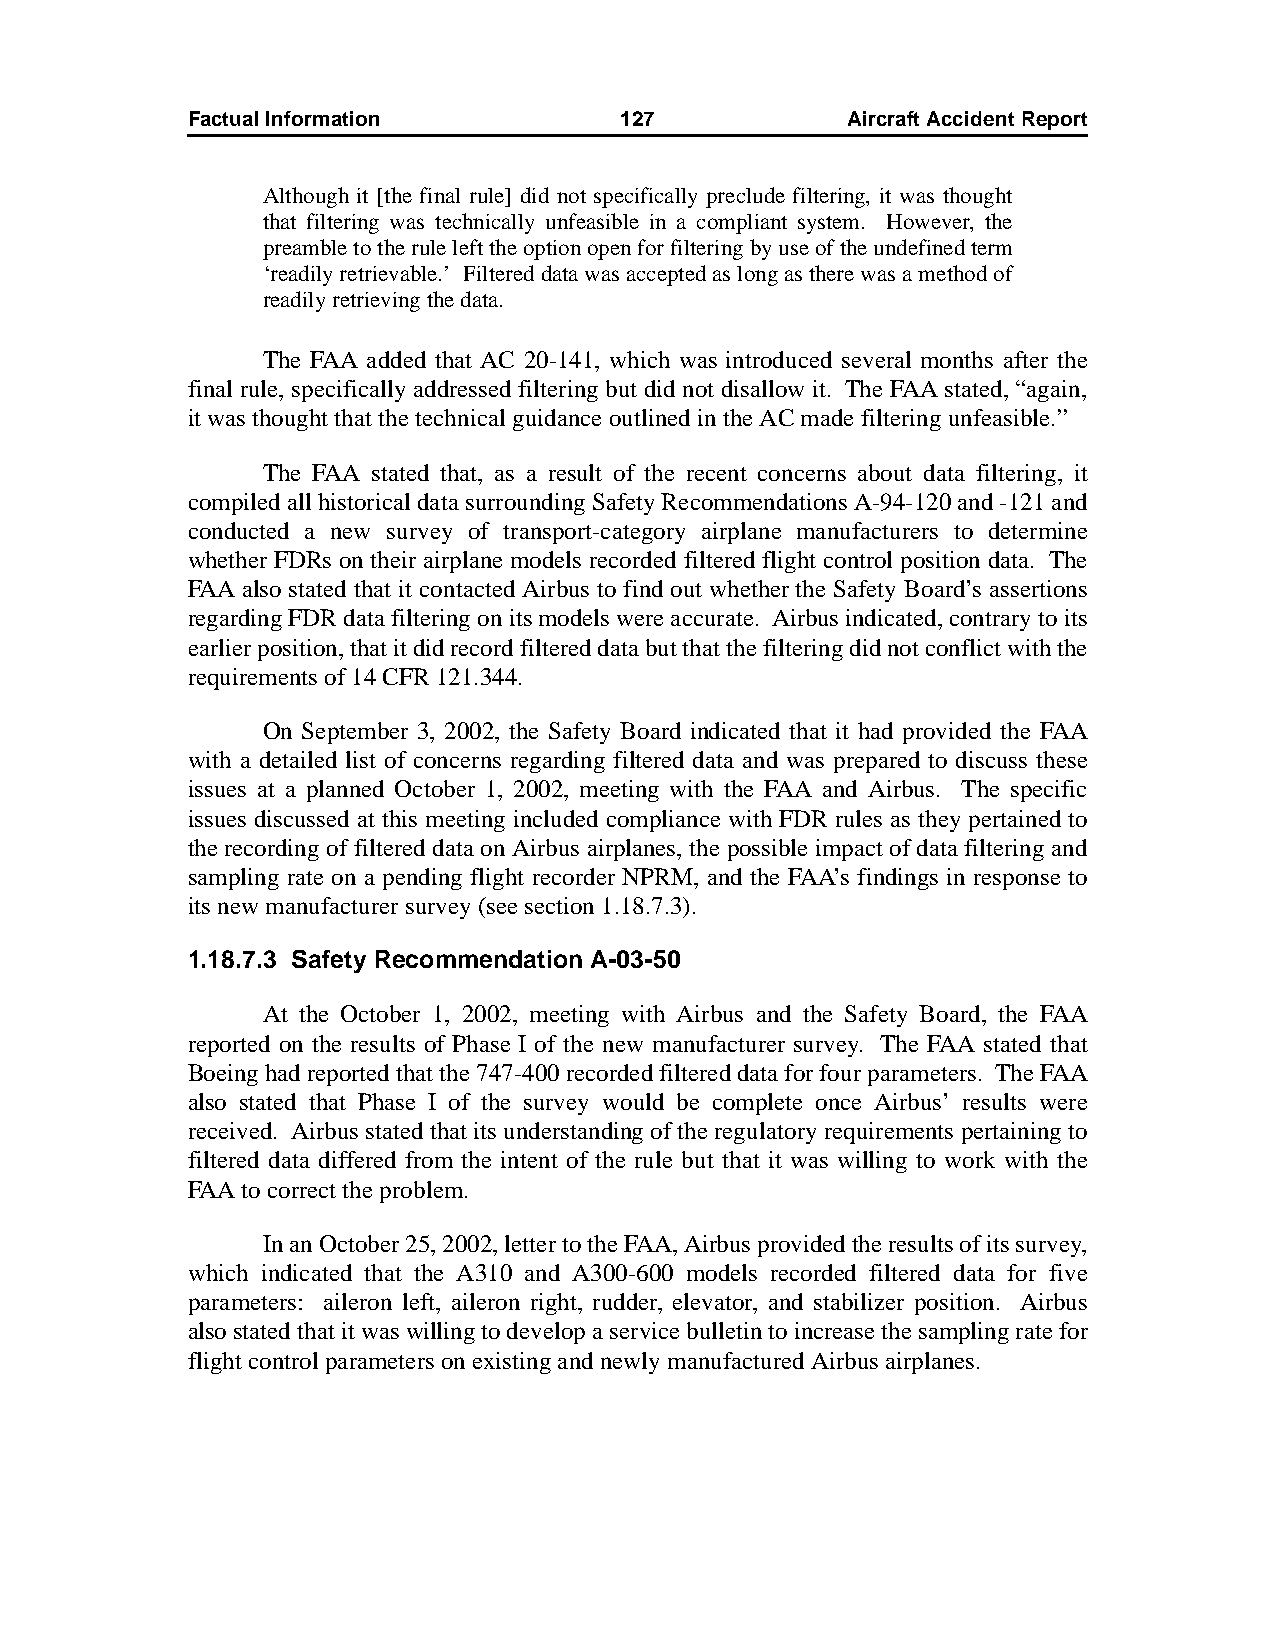
Factual Information          127            AircraftAccidentReport
 Although it [the final rule] did not specifically preclude filtering, it was thought
 that filtering was technically unfeasible in a compliant system. However, the
 preamble to the rule left the option open for filtering by use of the undefined term
 ‘readily retrievable.’ Filtered data was accepted as long as there was a method of
 readily retrieving the data.
 The FAA added that AC 20-141, which was introduced several months after the
 final rule, specifically addressed filtering but did not disallow it. The FAA stated, “again,
 it was thought that the technical guidance outlined in the AC made filtering unfeasible.”
 The FAA stated that, as a result of the recent concerns about data filtering, it
 compiled all historical data surrounding Safety Recommendations A-94-120 and -121 and
 conducted a new survey of transport-category airplane manufacturers to determine
 whether FDRs on their airplane models recorded filtered flight control position data. The
 FAA also stated that it contacted Airbus to find out whether the Safety Board’s assertions
 regarding FDR data filtering on its models were accurate. Airbus indicated, contrary to its
 earlier position, that it did record filtered data but that the filtering did not conflict with the
 requirements of 14 CFR 121.344.
 On September 3, 2002, the Safety Board indicated that it had provided the FAA
 with a detailed list of concerns regarding filtered data and was prepared to discuss these
 issues at a planned October 1, 2002, meeting with the FAA and Airbus. The specific
 issues discussed at this meeting included compliance with FDR rules as they pertained to
 the recording of filtered data on Airbus airplanes, the possible impact of data filtering and
 sampling rate on a pending flight recorder NPRM, and the FAA’s findings in response to
 its new manufacturer survey (see section 1.18.7.3).
 1.18.7.3 Safety Recommendation A-03-50
 At the October 1, 2002, meeting with Airbus and the Safety Board, the FAA
 reported on the results of Phase I of the new manufacturer survey. The FAA stated that
 Boeing had reported that the 747-400 recorded filtered data for four parameters. The FAA
 also stated that Phase I of the survey would be complete once Airbus’ results were
 received. Airbus stated that its understanding of the regulatory requirements pertaining to
 filtered data differed from the intent of the rule but that it was willing to work with the
 FAA to correct the problem.
 In an October 25, 2002, letter to the FAA, Airbus provided the results of its survey,
 which indicated that the A310 and A300-600 models recorded filtered data for five
 parameters: aileron left, aileron right, rudder, elevator, and stabilizer position. Airbus
 also stated that it was willing to develop a service bulletin to increase the sampling rate for
 flight control parameters on existing and newly manufactured Airbus airplanes.